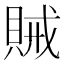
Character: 𮚆